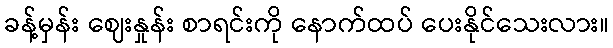
ခန့်မှန်း ဈေးနှုန်း စာရင်းကို နောက်ထပ် ပေးနိုင်သေးလား။